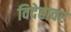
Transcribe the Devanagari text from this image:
विदेहावर